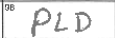
Transcription: PLD